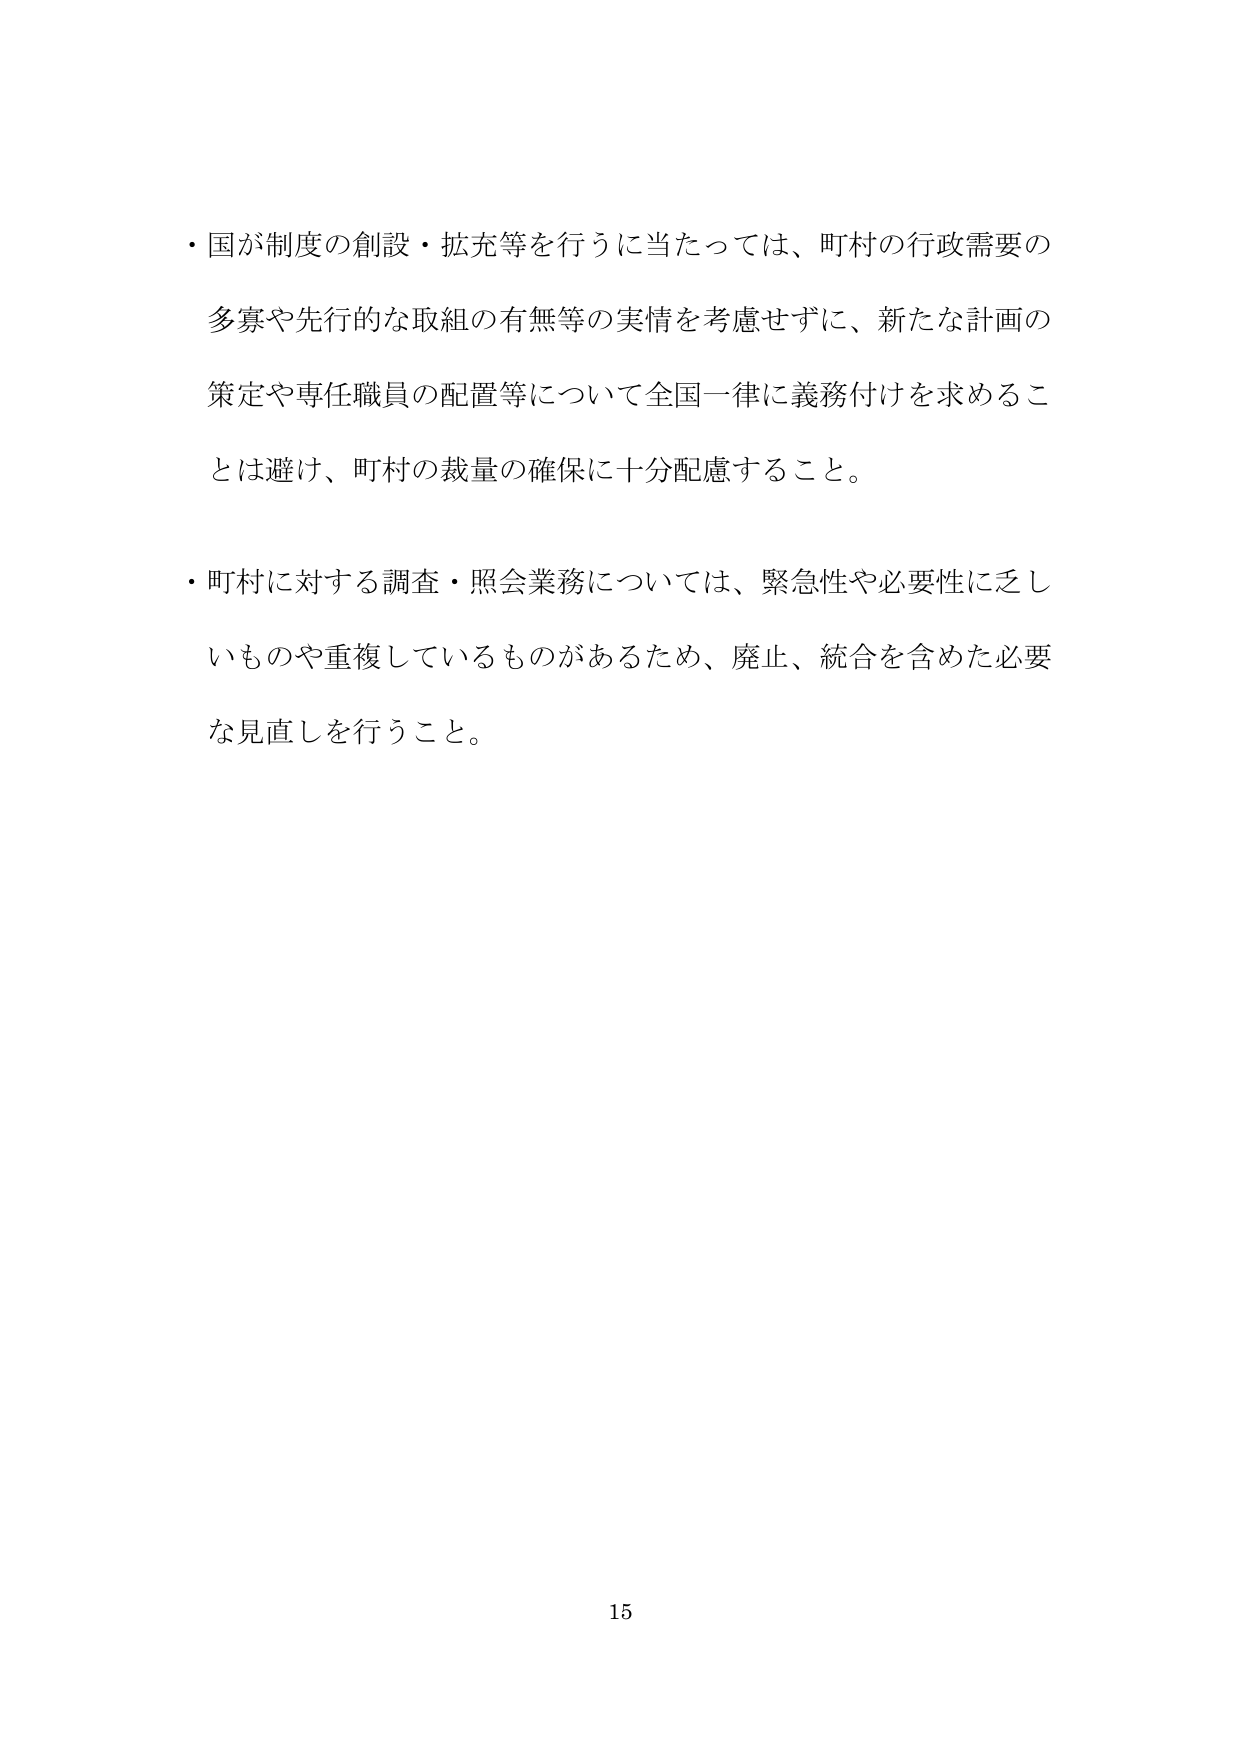
・国が制度の創設・拡充等を行うに当たっては、町村の行政需要の
多寡や先行的な取組の有無等の実情を考慮せずに、新たな計画の
策定や専任職員の配置等について全国一律に義務付けを求めるこ
とは避け、町村の裁量の確保に十分配慮すること。

・町村に対する調査・照会業務については、緊急性や必要性に乏し
いものや重複しているものがあるため、廃止、統合を含めた必要
な見直しを行うこと。

15